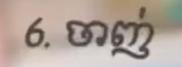
6. ចាញ់